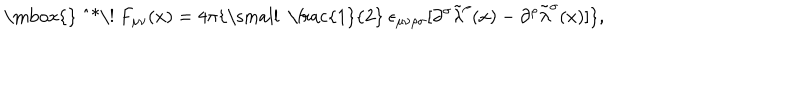
\mathrm { \mathrm { } ~ ^ { * } \! ~ } F _ { \mu \nu } ( x ) = 4 \pi \{ \mathrm { \small ~ \frac { 1 } { 2 } ~ } \epsilon _ { \mu \nu \rho \sigma } [ \partial ^ { \sigma } { \tilde { \lambda } } ^ { \rho } ( x ) - \partial ^ { \rho } { \tilde { \lambda } } ^ { \sigma } ( x ) ] \} ,